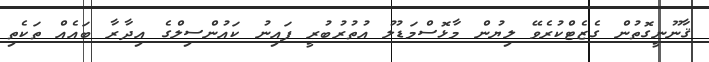
ޤާނޫނީގޮތުން ގެޒެޓްކުރެވޭ ލިޔުން މާޅޮސްމަޑުލު އުތުރުބުރީ ފައިނު ކައުންސިލްގެ އިދާރާ ބައެއް ތަކެތި